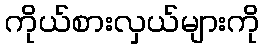
ကိုယ်စားလှယ်များကို